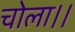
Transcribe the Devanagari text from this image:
चोला।।